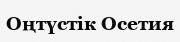
Оңтүстік Осетия